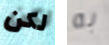
لكن به